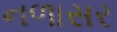
નળાસર